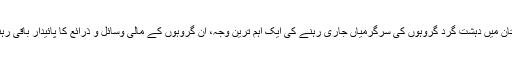
افغانستان میں دہشت گرد گروہوں کی سرگرمیاں جاری رہنے کی ایک اہم ترین وجہ، ان گروہوں کے مالی وسائل و ذرائع کا پائیدار باقی رہنا ہے۔